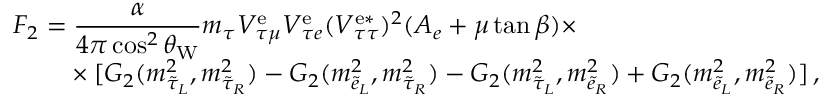
\begin{array} { l l } { { F _ { 2 } = \displaystyle \frac { \alpha } { 4 \pi \cos ^ { 2 } \theta _ { \mathrm { W } } } m _ { \tau } V _ { \tau \mu } ^ { \mathrm { e } } V _ { \tau e } ^ { \mathrm { e } } ( V _ { \tau \tau } ^ { \mathrm { e * } } ) ^ { 2 } ( A _ { e } + \mu \tan \beta ) \times } } \\ { { \phantom { F _ { 2 } = } \times [ G _ { 2 } ( m _ { \tilde { \tau } _ { L } } ^ { 2 } , m _ { \tilde { \tau } _ { R } } ^ { 2 } ) - G _ { 2 } ( m _ { \tilde { e } _ { L } } ^ { 2 } , m _ { \tilde { \tau } _ { R } } ^ { 2 } ) - G _ { 2 } ( m _ { \tilde { \tau } _ { L } } ^ { 2 } , m _ { \tilde { e } _ { R } } ^ { 2 } ) + G _ { 2 } ( m _ { \tilde { e } _ { L } } ^ { 2 } , m _ { \tilde { e } _ { R } } ^ { 2 } ) ] \, , } } \end{array}